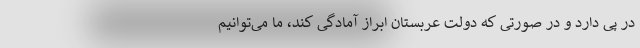
در پی دارد و در صورتی که دولت عربستان ابراز آمادگی کند، ما می‌توانیم